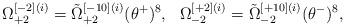
LaTeX: \begin{align*}\Omega^{[-2](i)}_{+2}=\tilde \Omega^{[-10](i)}_{+2}(\theta^+)^8,\ \ \Omega^{[+2](i)}_{-2}=\tilde \Omega^{[+10](i)}_{-2}(\theta^-)^8,\end{align*}